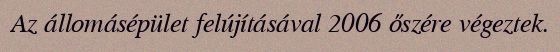
Az állomásépület felújításával 2006 őszére végeztek.